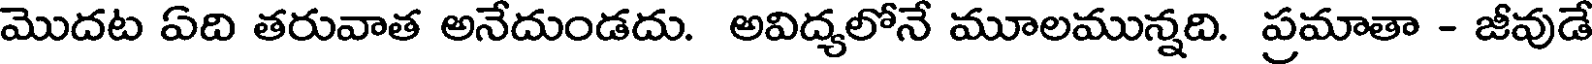
మొదట ఏది తరువాత అనేదుండదు. అవిద్యలోనే మూలమున్నది. ప్రమాతా - జీవుడే